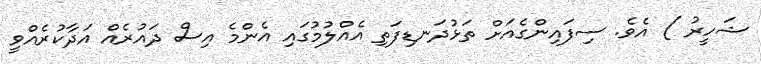
ޝަހީރު ) އެވެ. ސިފައިންގެއަށް ތަޅުދަނޑިފަތި އެއްލުމުގައި އެންމެ އިސް ދައުރެއް އަދާކުރެއްވީ